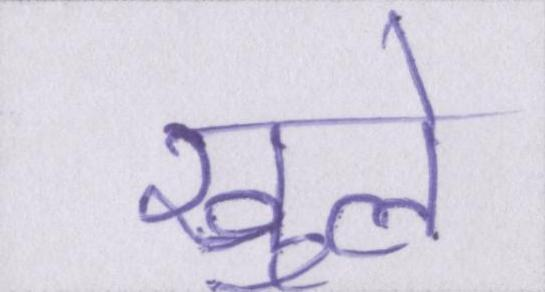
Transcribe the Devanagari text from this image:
खुले